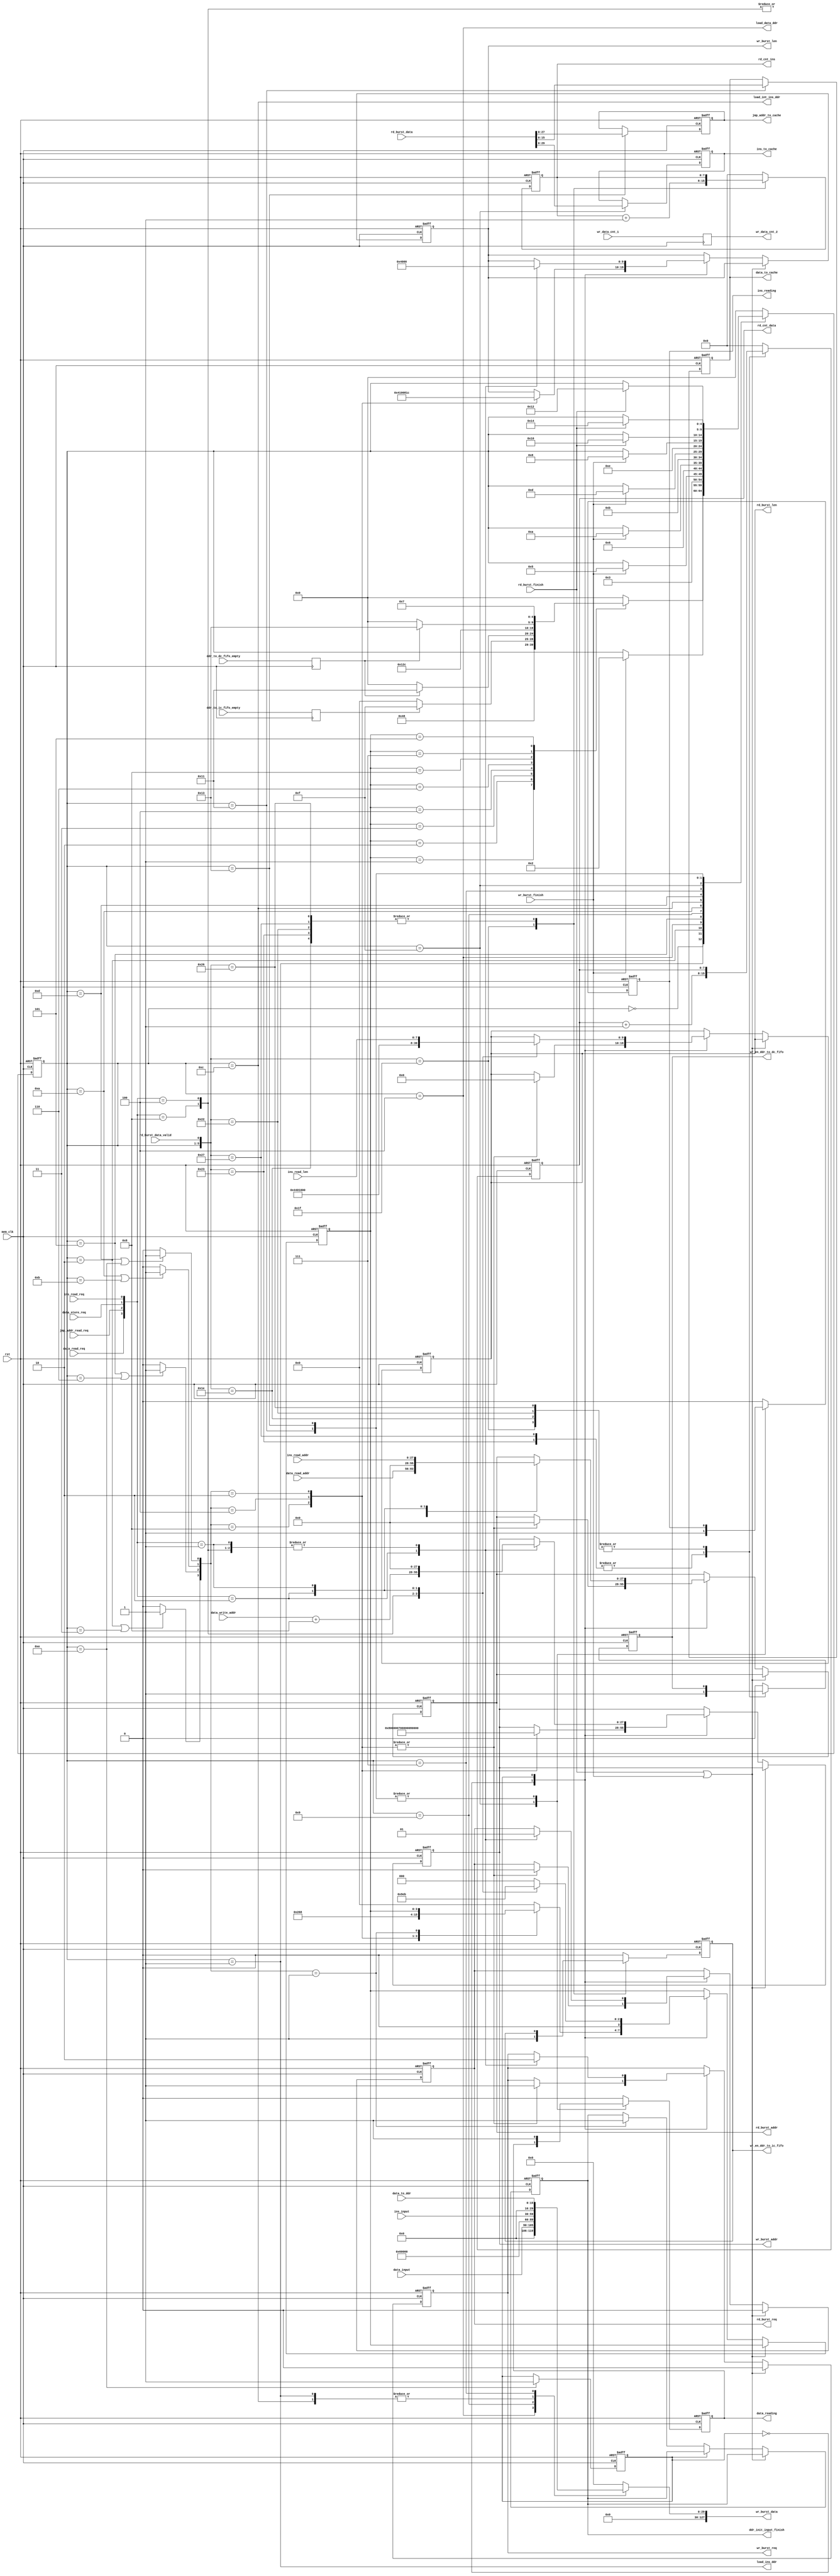
module DDR_cache_interface
#(
    parameter DDR_DATA_WIDTH    = 128,
	parameter DDR_ADDR_WIDTH    = 28,
	parameter ADDR_WIDTH_MEM	= 16,
	parameter DATA_WIDTH        = 16,
	parameter ISA_WIDTH			= 30,
    parameter ISA_DEPTH         = 72,
    parameter DATA_CACHE_DEPTH  = 16,
	parameter TOTAL_ISA_DEPTH   = 128,
	parameter TOTAL_DATA_DEPTH  = 64,
	parameter INT_INS_DEPTH 	= 27
)
(
	/*interface of system */
	input wire 								rst,                    /* reset*/
	input wire 								mem_clk,                /* interface clock*/
	input wire [ISA_WIDTH - 1 : 0]			ins_input,
	input wire [DATA_WIDTH - 1 : 0]			data_input,
	output wire                             load_ins_ddr,
	output wire                             load_data_ddr,
	output wire                             load_int_ins_ddr,

    /* interface of ISA_cache */
    input wire                              ins_read_req,
	input wire [DDR_ADDR_WIDTH - 1 : 0]		ins_read_addr,
    output reg [ISA_WIDTH - 1 : 0]			ins_to_cache,
	output reg [7 : 0]						rd_cnt_ins,
	output reg                              wr_en_ddr_to_ic_fifo,
	output reg                              ins_reading, // handshake signal with ins cache, reset ins_read_req
	input wire 								ddr_to_ic_fifo_empty,
	input wire [7 : 0]						ins_read_len,

    /* interface of DATA_cache */
    input wire                              data_read_req,
    input wire                              data_store_req,
	input wire								jmp_addr_read_req,
    input wire [DATA_WIDTH - 1 : 0]         data_to_ddr,
	input wire [9 : 0]						wr_data_cnt_1,
	input wire [DDR_ADDR_WIDTH - 1 : 0]		data_read_addr,
	input wire [DDR_ADDR_WIDTH - 1 : 0]		data_write_addr,
    output reg [DATA_WIDTH - 1 : 0]			data_to_cache,
	output reg [7 : 0] 						rd_cnt_data,
	output reg [DDR_ADDR_WIDTH - 1 : 0]		jmp_addr_to_cache,
	input wire                              ddr_to_dc_fifo_empty,
	output reg                              wr_en_ddr_to_dc_fifo,
	output reg                              data_reading,

	/* interface of ddr_controller */
	output reg                              ddr_init_input_finish,
	output reg [9 : 0] 					    wr_data_cnt_2,
	output reg 								rd_burst_req,           /* read request*/
	output reg 								wr_burst_req,           /* write request*/
	output reg [9 : 0] 						rd_burst_len,           /* read burst data length*/
	output reg [9 : 0] 						wr_burst_len,           /* write burst data length*/
	output reg [DDR_ADDR_WIDTH - 1 : 0] 	rd_burst_addr,        	/* starting addr of read burst*/
	output reg [DDR_ADDR_WIDTH - 1 : 0] 	wr_burst_addr,        	/* starting addr of write burst*/
	input wire 								rd_burst_data_valid,    /* data valid signal for readout*/
	(* DONT_TOUCH = "1" *)input wire [DDR_DATA_WIDTH - 1 : 0] 	rd_burst_data,   		/* readout data*/
	output reg [DDR_DATA_WIDTH - 1 : 0] 	wr_burst_data,    		/* write input data*/
	input wire 								rd_burst_finish,        /* read burst finish*/
	input wire 								wr_burst_finish        /* write burst finish*/
);

localparam START = 5'd0;               /*START=000; MEM_READ_ISA=001;MEM_WRITE=010;BURST_LEN_ISA=128*/
localparam MEM_WRITE_ISA = 5'd1;
localparam MEM_WRITE_ISA_END = 5'd2;
localparam MEM_WRITE_ISA_END_2 = 5'd3;
localparam MEM_WRITE_DATA = 5'd4;
localparam MEM_WRITE_DATA_END = 5'd5;
localparam MEM_WRITE_DATA_END_2 = 5'd6;
localparam MEM_WRITE_DATA_STORE = 5'd7;
localparam MEM_WRITE_DATA_STORE_END = 5'd8;
localparam MEM_WRITE_INT_ADDR = 5'd9;
localparam MEM_WRITE_INT_ADDR_END = 5'd10;
localparam MEM_WRITE_INT_ADDR_END_2 = 5'd11;
localparam MEM_WRITE_INT_INS = 5'd12;
localparam MEM_WRITE_INT_INS_END = 5'd13;
localparam MEM_WRITE_INT_INS_END_2 = 5'd14;
localparam MEM_READ_ISA = 5'd15;
localparam MEM_READ_ISA_END = 5'd16;
localparam MEM_READ_DATA = 5'd17;
localparam MEM_READ_DATA_END = 5'd18;
localparam MEM_READ_INT_ADDR = 5'd19;
localparam MEM_READ_INT_ADDR_END = 5'd20;

localparam W_ISA = 4'd1;
localparam W_DATA = 4'd2;
localparam R_ISA = 4'd3;
localparam R_DATA = 4'd4;
localparam W_DATA_STORE = 4'd5;
localparam W_INT_ADDR = 4'd6;
localparam R_INT_ADDR = 4'd7;
localparam W_INT_INS = 4'd8;

reg [3 : 0] CMD;
reg [4 : 0] state;
reg ddr_rdy;

wire finish_flag_w_isa;
wire finish_flag_w_data;
wire finish_flag_w_int_addr;
wire finish_flag_w_int_ins;

assign finish_flag_w_isa = ((state == MEM_WRITE_ISA_END) || (state == MEM_WRITE_ISA_END_2))? 1 : 0;
assign finish_flag_w_data = ((state == MEM_WRITE_DATA_END) || (state == MEM_WRITE_DATA_END_2))? 1 : 0;
assign finish_flag_w_int_addr = ((state == MEM_WRITE_INT_ADDR_END) || (state == MEM_WRITE_INT_ADDR_END_2))? 1 : 0;
assign finish_flag_w_int_ins = ((state == MEM_WRITE_INT_INS_END) || (state == MEM_WRITE_INT_INS_END_2))? 1 : 0;

assign load_ins_ddr = (state == MEM_WRITE_ISA);
assign load_data_ddr = (state == MEM_WRITE_DATA);
assign load_int_ins_ddr = (state == MEM_WRITE_INT_INS);

reg ddr_to_ic_fifo_empty_delay;
reg ddr_to_dc_fifo_empty_delay;

wire [9 : 0] arith_1;
wire [7 : 0] arith_2;
wire ddri_exp_2;
wire burst_finish;

assign arith_1 = rd_cnt_data + 1;
assign arith_2 = rd_cnt_ins + 1;
assign ddri_exp_2 = (state == MEM_WRITE_DATA_STORE)? 1 : 0;
assign burst_finish = rd_burst_finish || wr_burst_finish;

always @(posedge mem_clk or negedge rst) begin
	if (!rst) begin
		ddr_rdy <= 0;
	end
	else begin
		case (state)
			MEM_WRITE_INT_INS_END_2: ddr_rdy <= 1;
			default: ;
		endcase
	end
end

always @(posedge mem_clk) begin
	ddr_to_ic_fifo_empty_delay <= ddr_to_ic_fifo_empty;
	ddr_to_dc_fifo_empty_delay <= ddr_to_dc_fifo_empty;
	wr_data_cnt_2 <= wr_data_cnt_1;
end

/* WRITE part */
always@(*) begin 
    case (state)
        MEM_WRITE_ISA: wr_burst_data = {{(DDR_DATA_WIDTH - ISA_WIDTH){1'b0}},{ins_input}};
		MEM_WRITE_DATA: wr_burst_data = {{(DDR_DATA_WIDTH - DATA_WIDTH){1'b0}},{data_input}};
		MEM_WRITE_INT_ADDR: wr_burst_data = {{(DDR_DATA_WIDTH - 28){1'b0}}, 28'h0060000};  // interruption service program
		MEM_WRITE_INT_INS: wr_burst_data = {{(DDR_DATA_WIDTH - 28){1'b0}}, {ins_input}};
		MEM_WRITE_DATA_STORE: wr_burst_data = {{(DDR_DATA_WIDTH - DATA_WIDTH){1'b0}},{data_to_ddr}};
		default: wr_burst_data = 0;
    endcase
end

/* READ part */
always @ (posedge mem_clk or negedge rst) begin
	if (!rst) begin
		ins_to_cache <= 0;
		data_to_cache <= 0;
		jmp_addr_to_cache <= 0;
		ins_reading <= 0;
		data_reading <= 0;
	end
    else begin
        case (state)
            MEM_READ_ISA: begin
				ins_to_cache <= rd_burst_data[ISA_WIDTH - 1 : 0];
				ins_reading <= 1;
			end
            MEM_READ_DATA: begin
				data_to_cache <= rd_burst_data[DATA_WIDTH - 1 : 0];
				data_reading <= 1;
			end
            MEM_READ_INT_ADDR: begin
				jmp_addr_to_cache <= rd_burst_data[DDR_ADDR_WIDTH - 1 : 0];
				data_reading <= 1;
			end
            default: begin
				ins_reading <= 0;
				data_reading <= 0;
			end
        endcase
    end
end

/* cnt part */
always @(posedge mem_clk or negedge rst) begin
    if (!rst) begin
        rd_cnt_ins <= 0;
		rd_cnt_data <= 0;
		wr_en_ddr_to_ic_fifo <= 0;
		wr_en_ddr_to_dc_fifo <= 0;
    end
    else begin
        case ({state, rd_burst_data_valid})
            {MEM_READ_ISA,1'b1}: begin
				rd_cnt_ins <= arith_2;
				wr_en_ddr_to_ic_fifo <= 1;
			end
			{MEM_READ_ISA,1'b0}: ;
            {MEM_READ_DATA,1'b1}: begin
				rd_cnt_data <= arith_1;
				wr_en_ddr_to_dc_fifo <= 1;
			end
			{MEM_READ_DATA,1'b0}: ;
            {MEM_READ_INT_ADDR,1'b1}: begin
				rd_cnt_data <= arith_1;
				wr_en_ddr_to_dc_fifo <= 1;
			end
			{MEM_READ_INT_ADDR,1'b0}: ;
            default:begin
				rd_cnt_ins <= 0;
				rd_cnt_data <= 0;
				wr_en_ddr_to_ic_fifo <= 0;
				wr_en_ddr_to_dc_fifo <= 0;
			end
        endcase
    end
end

/* finish part */
always @(posedge mem_clk or negedge rst)
begin
	if(!rst)
	begin
		CMD <= W_ISA;
		wr_burst_len <= TOTAL_ISA_DEPTH;
		wr_burst_addr <= 0;
		wr_burst_req <= 1'b1;
		rd_burst_req <= 1'b0;
		rd_burst_addr <= 0;
		rd_burst_len <= 0;
		ddr_init_input_finish <= 0;
	end

	else if(burst_finish) begin
		rd_burst_req <= 0;
		wr_burst_req <= 0;
	end

	else begin
		case (ddr_rdy)
			1'b0: begin
				case ({finish_flag_w_isa, finish_flag_w_data, finish_flag_w_int_addr, finish_flag_w_int_ins})
					4'b1000: begin
						CMD <= W_DATA;
						wr_burst_len <= TOTAL_DATA_DEPTH + 1;
						wr_burst_addr <= 28'h0008000;
						wr_burst_req <= 1'b1;
						rd_burst_req <= 1'b0;
						rd_burst_addr <= 0;
						rd_burst_len <= 0;
					end
					4'b0100: begin
						CMD <= W_INT_ADDR;
						wr_burst_len <= 1 + 1;
						wr_burst_addr <= 28'h0070000;
						wr_burst_req <= 1'b1;
						rd_burst_req <= 1'b0;
						rd_burst_addr <= 0;
						rd_burst_len <= 0;
					end
					4'b0010: begin
						CMD <= W_INT_INS;
						wr_burst_len <= INT_INS_DEPTH + 1;
						wr_burst_addr <= 28'h0060000;
						wr_burst_req <= 1'b1;
						rd_burst_req <= 1'b0;
						rd_burst_addr <= 0;
						rd_burst_len <= 0;
					end
					4'b0001: begin
						ddr_init_input_finish <= 1;
					end
					default: CMD <= 0;
				endcase
			end
			1'b1: begin
				case ({data_read_req, jmp_addr_read_req, data_store_req, ins_read_req})
					4'b1000: begin
						CMD <= R_DATA;
						wr_burst_len <= 0;
						wr_burst_addr <= 0;
						wr_burst_req <= 1'b0;
						rd_burst_req <= 1'b1; 
						rd_burst_addr <= data_read_addr;
						rd_burst_len <= DATA_CACHE_DEPTH + 1;
					end 
					4'b0100: begin
						CMD <= R_INT_ADDR;
						wr_burst_len <= 0;
						wr_burst_addr <= 0;
						wr_burst_req <= 1'b0;
						rd_burst_req <= 1'b1; 
						rd_burst_addr <= data_read_addr;
						rd_burst_len <= 1;
					end
					4'b0010: begin
						CMD <= W_DATA_STORE;
						rd_burst_len <= 0;
						rd_burst_addr <= 0;
						wr_burst_req <= 1'b1;
						rd_burst_req <= 1'b0; 
						wr_burst_addr <= data_write_addr + 8;
						wr_burst_len <= DATA_CACHE_DEPTH;
					end
					4'b0001: begin
						CMD <= R_ISA;
						wr_burst_len <= 0;
						wr_burst_addr <= 0;
						wr_burst_req <= 1'b0;
						rd_burst_req <= 1'b1; 
						rd_burst_addr <= ins_read_addr;
						rd_burst_len <= ins_read_len;
					end
					default: CMD <= 0;
				endcase
			end
			default: ;
		endcase
	end
end

/* state machine part */
always@(posedge mem_clk or negedge rst) begin
	if(!rst) begin
		state <= START;
	end
	else begin
		case(state)
			START: begin
				case (CMD)
					W_ISA: state <= MEM_WRITE_ISA;
					W_DATA: state <= MEM_WRITE_DATA;
					R_ISA: begin
						if (ddr_to_ic_fifo_empty_delay) begin
							state <= MEM_READ_ISA;
						end
						else begin
							state <= START;
						end
					end
					R_DATA: begin
						if (ddr_to_dc_fifo_empty_delay) begin
							state <= MEM_READ_DATA;
						end
						else begin
							state <= START;
						end
					end
					W_INT_ADDR: state <= MEM_WRITE_INT_ADDR;
					W_INT_INS: state <= MEM_WRITE_INT_INS;
					R_INT_ADDR: begin
						if (ddr_to_dc_fifo_empty_delay) begin
							state <= MEM_READ_INT_ADDR;
						end
						else begin
							state <= START;
						end
					end
					W_DATA_STORE: state <= MEM_WRITE_DATA_STORE;
					default: state <= START;
				endcase
			end
			MEM_WRITE_ISA: begin
				if(wr_burst_finish) begin
					state <= MEM_WRITE_ISA_END;
				end
			end
			MEM_WRITE_ISA_END: begin
				state <= MEM_WRITE_ISA_END_2;
			end
			MEM_WRITE_ISA_END_2: begin
				state <= START;
			end
			MEM_WRITE_DATA: begin
				if(wr_burst_finish) begin
					state <= MEM_WRITE_DATA_END;
				end
			end
			MEM_WRITE_DATA_END: begin
				state <= MEM_WRITE_DATA_END_2;
			end
			MEM_WRITE_DATA_END_2: begin
				state <= START;
			end
			MEM_WRITE_INT_ADDR: begin
			  	if(wr_burst_finish) begin
				  	state <= MEM_WRITE_INT_ADDR_END;
				end
			end
			MEM_WRITE_INT_ADDR_END: begin
			  	state <= MEM_WRITE_INT_ADDR_END_2;
			end
			MEM_WRITE_INT_ADDR_END_2: begin
			  	state <= START;
			end
			MEM_WRITE_INT_INS: begin
				if(wr_burst_finish) begin
					state <= MEM_WRITE_INT_INS_END;
				end
			end
			MEM_WRITE_INT_INS_END: begin
			  	state <= MEM_WRITE_INT_INS_END_2;
			end
			MEM_WRITE_INT_INS_END_2: begin
			  	state <= START;
			end
			MEM_WRITE_DATA_STORE: begin
				if(wr_burst_finish) begin
					state <= MEM_WRITE_DATA_STORE_END;
				end
			end
			MEM_WRITE_DATA_STORE_END: begin
				state <= START;
			end
			MEM_READ_ISA: begin
				if(rd_burst_finish ) begin
					state <= MEM_READ_ISA_END;
				end
			end
			MEM_READ_ISA_END: begin
				state <= START;
			end
			MEM_READ_DATA: begin
			  	if(rd_burst_finish) begin
					state <= MEM_READ_DATA_END;
				end
			end
			MEM_READ_DATA_END: begin
				state <= START;
			end
			MEM_READ_INT_ADDR: begin
			  	if(rd_burst_finish) begin
					state <= MEM_READ_INT_ADDR_END;
				end
			end
			MEM_READ_INT_ADDR_END: begin
			  	state <= START;
			end
			default: state <= START;
		endcase
	end
end

endmodule